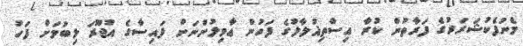
މެނުފެކުޝަރަރުގެ ފަރާތުން ކުރާ އިސްތިޣުލާލުގެ ފަހުން ޢާމިލުންނަށް ފައިސާގެ އުޖޫރަ ލިބުމަށް ފަހު